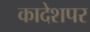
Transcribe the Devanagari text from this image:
कादेशपर